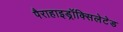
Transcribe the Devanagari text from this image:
पैराहाइड्रॉक्सिलेटेड